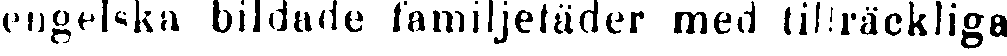
engelska bildade familjetäder med tillräckliga